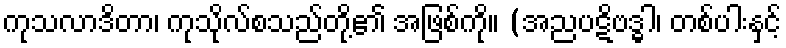
ကုသလာဒိတာ၊ ကုသိုလ်စသည်တို့၏ အဖြစ်ကို။ (အညပဋိဗဒ္ဓါ၊ တစ်ပါးနှင့်